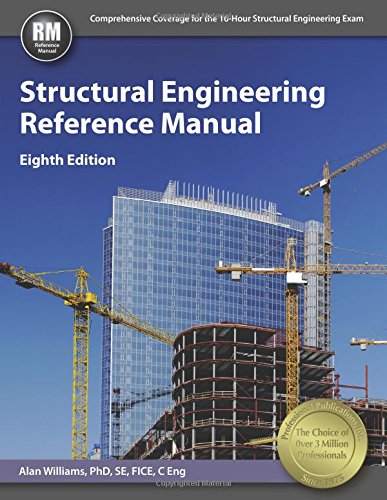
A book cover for Structural Engineering Reference Manual; Alan Williams PhD  SE  FICE  C Eng; Test Preparation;